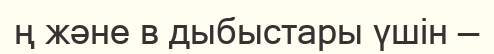
ң және в дыбыстары үшін —